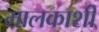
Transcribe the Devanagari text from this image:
मालकाशी